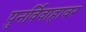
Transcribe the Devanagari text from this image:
पुनर्विवाहावर